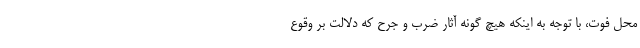
محل فوت، با توجه به اینکه هیچ گونه آثار ضرب و جرح که دلالت بر وقوع